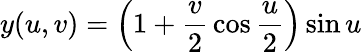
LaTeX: y(u,v)=\left(1+{\frac{v}{2}}\cos{\frac{u}{2}}\right)\sin u